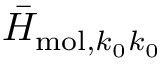
{ \bar { H } } _ { \mathrm { m o l } , k _ { 0 } k _ { 0 } }